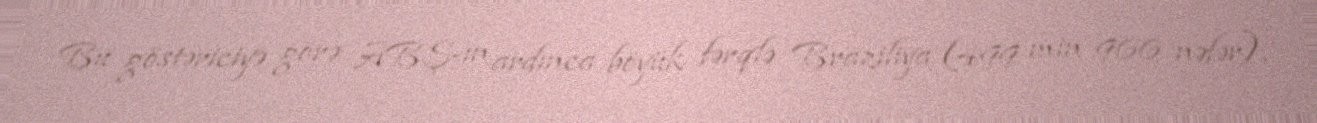
Bu göstəriciyə görə ABŞ-ın ardınca böyük fərqlə Braziliya (499 min 966 nəfər),